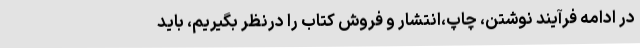
در ادامه فرآیند نوشتن، چاپ،انتشار و فروش کتاب را درنظر بگیریم، باید